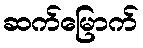
ဆက်မြောက်